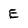
Character: E